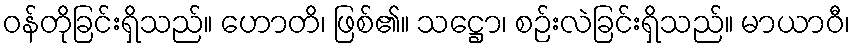
ဝန်တိုခြင်းရှိသည်။ ဟောတိ၊ ဖြစ်၏။ သဋ္ဌော၊ စဉ်းလဲခြင်းရှိသည်။ မာယာဝီ၊